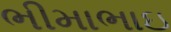
ભીમાભાઇ